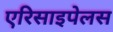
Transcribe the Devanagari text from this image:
एरिसाइपेलस